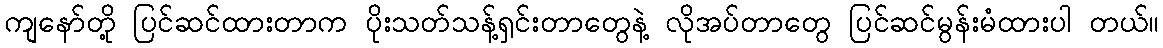
ကျနော်တို့ ပြင်ဆင်ထားတာက ပိုးသတ်သန့်ရှင်းတာတွေနဲ့ လိုအပ်တာတွေ ပြင်ဆင်မွန်းမံထားပါ တယ်။